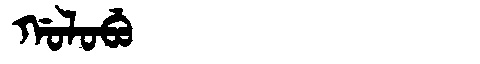
Manchu: ᡤᠣᠯᠣᠪᡠ
Romanization: GOLOBU